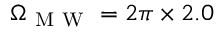
\Omega _ { \mathrm { ~ M ~ W ~ } } = 2 \pi \times 2 . 0